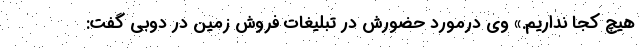
هیچ کجا نداریم.» وی درمورد حضورش در تبلیغات فروش زمین در دوبی گفت: